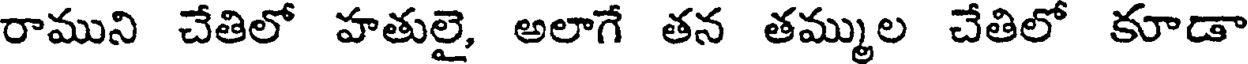
రాముని చేతిలో హతులై, అలాగే తన తమ్ముల చేతిలో కూడా